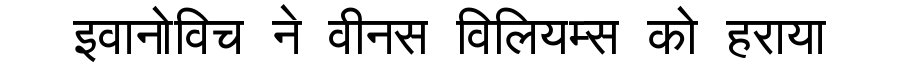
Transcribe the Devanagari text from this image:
इवानोविच ने वीनस विलियम्स को हराया